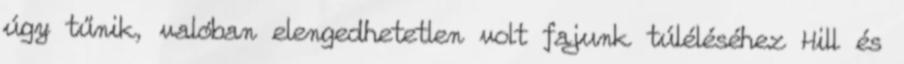
úgy tűnik, valóban elengedhetetlen volt fajunk túléléséhez Hill és